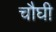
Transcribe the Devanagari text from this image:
चौघी